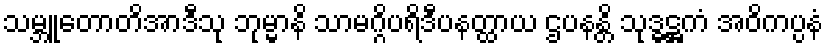
သမ္ဘူတောတိအာဒီသု ဘုမ္မာနိ သာမဂ္ဂိပရိဒီပနတ္ထာယ ဌပနန္တိ သုဒ္ဓဋ္ဌကံ အဝိကပ္ပနံ